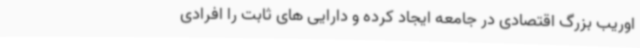
اوریب بزرگ اقتصادی در جامعه ایجاد کرده و دارایی های ثابت را افرادی